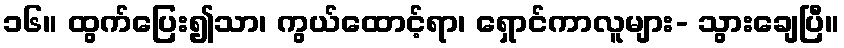
၁၆။ ထွက်ပြေး၍သာ၊ ကွယ်ထောင့်ရာ၊ ရှောင်ကာလူများ- သွားချေပြီ။